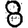
Digit: 8